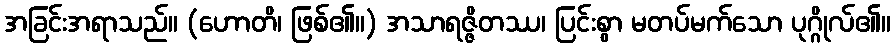
အခြင်းအရာသည်။ (ဟောတိ၊ ဖြစ်၏။) အသာရဇ္ဇိတဿ၊ ပြင်းစွာ မတပ်မက်သော ပုဂ္ဂိုလ်၏။